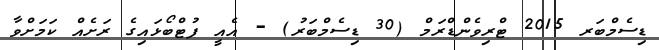
ޑިސެމްބަރ 2015 ޓްރިވެންޑްރަމް (30 ޑިސެމްބަރު) - އެއީ ފުޓްބޯޅައިގެ ރަށެއް ކަމަށްވާ